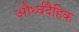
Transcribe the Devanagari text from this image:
और्ध्वदैहिक